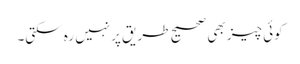
کوئی چیز بھی صحیح طریق پرنہیں رہ سکتی۔